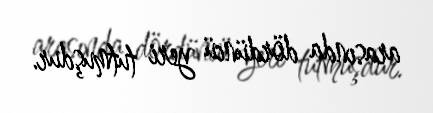
arasında dördüncü yeri tutmuşdur.